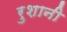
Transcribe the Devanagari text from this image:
रुशानी